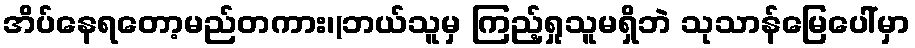
အိပ်နေရတော့မည်တကား၊(ဘယ်သူမှ ကြည့်ရှုသူမရှိဘဲ သုသာန်မြေပေါ်မှာ